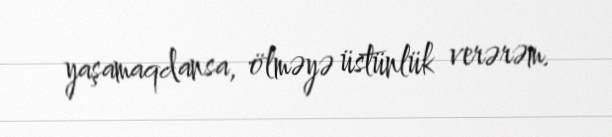
yaşamaqdansa, ölməyə üstünlük verərəm.